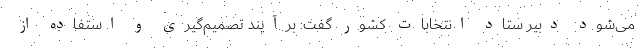
می‌شود دبیر ستاد انتخابات کشور گفت: برآیند تصمیم‌گیری و استفاده از